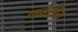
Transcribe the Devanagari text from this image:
पन्हेरीत